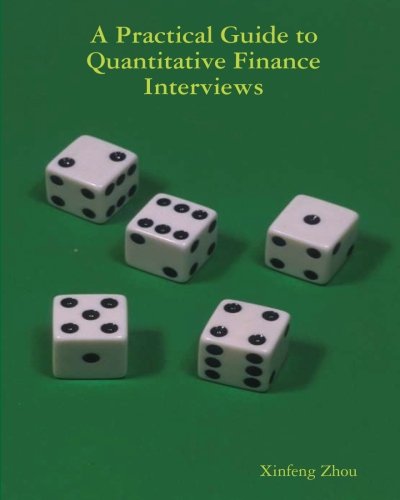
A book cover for A Practical Guide To Quantitative Finance Interviews; Xinfeng Zhou; Business & Money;